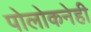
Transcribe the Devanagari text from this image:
पोलोकनेही